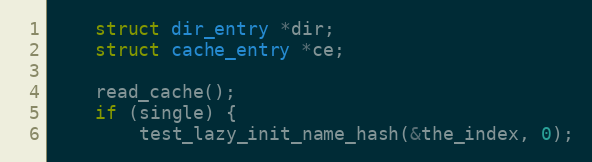
Language: C
	struct dir_entry *dir;
	struct cache_entry *ce;

	read_cache();
	if (single) {
		test_lazy_init_name_hash(&the_index, 0);